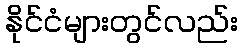
နိုင်ငံများတွင်လည်း